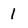
Character: 1